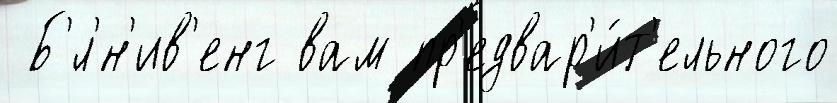
 Б'́л'н'ив'енг вам пр'едвар'и́т'ельного